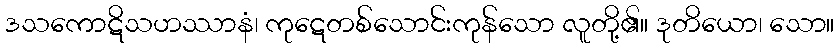
ဒသကောဋိသဟဿာနံ၊ ကုဋေတစ်သောင်းကုန်သော လူတို့၏။ ဒုတိယော၊ သော။